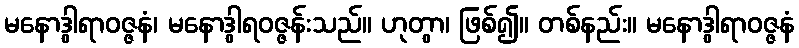
မနောဒွါရာဝဇ္ဇနံ၊ မနောဒွါရဝဇ္ဇန်းသည်။ ဟုတွာ၊ ဖြစ်၍။ တစ်နည်း။ မနောဒွါရာဝဇ္ဇနံ